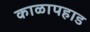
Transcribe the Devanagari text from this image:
काळापहाड